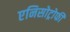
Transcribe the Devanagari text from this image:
एनिसोट्रोफी